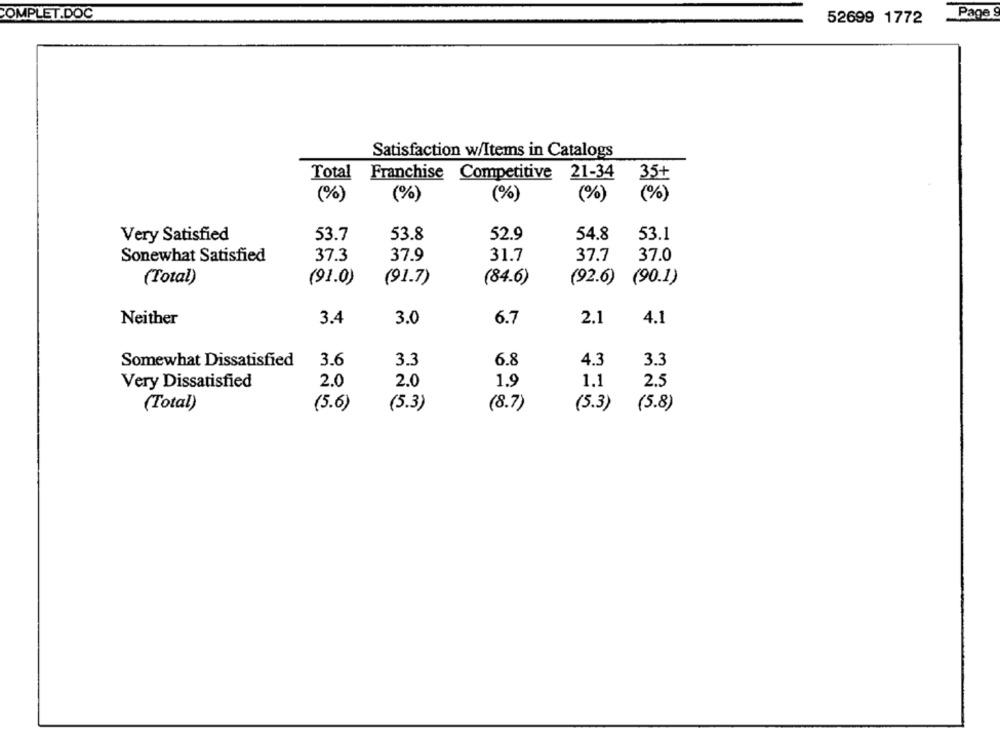
Page
COMPLET.DOC
52699 1772
Satisfaction w/Items in Catalogs
Total
Franchise Competitive 21-34
35+
(%)
(%)
(%)
(%)
(%)
Very Satisfied
53.7
53.8
52.9
54.8
53.1
Sonewhat Satisfied
37.3
37.9
31.7
37.7
37.0
(Total)
(91.0)
(91.7)
(84.6)
(92.6) (90.1)
3.4
3.0
6.7
2.1
4.1
Neither
Somewhat Dissatisfied
3.6
3.3
6.8
4.3
3.3
Very Dissatisfied
2.0
2.0
1.9
1.1
2.5
(Total)
(5.6)
(5.3)
(8.7)
(5.3)
(5.8)